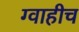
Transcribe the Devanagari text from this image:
ग्वाहीच